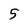
Character: 5